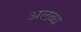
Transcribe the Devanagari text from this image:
अलब्ध